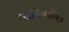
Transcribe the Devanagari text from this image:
रसनिष्पत्तिः।